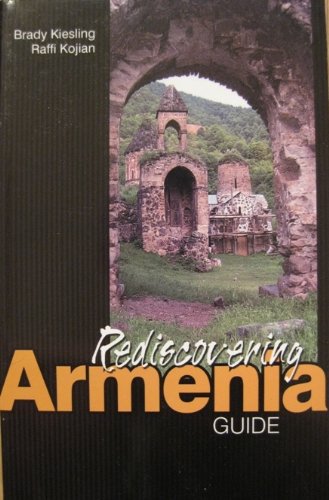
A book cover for Rediscovering Armenia: Guide; Brady Kiesling; Travel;